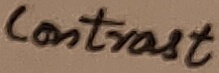
Text: Contrast